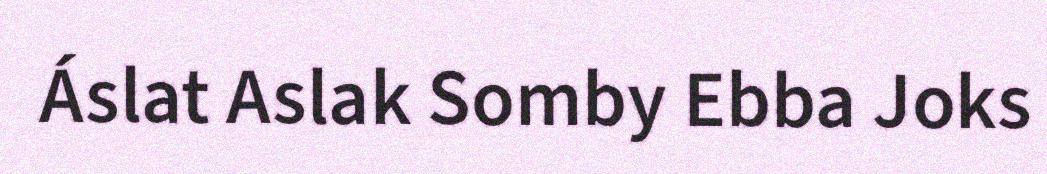
Áslat Aslak Somby Ebba Joks